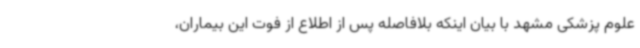
علوم پزشکی مشهد با بیان اینکه بلافاصله پس از اطلاع از فوت این بیماران،